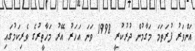
އަންވަރު ފުރަތަމަ މަގާމުން ދުރުކުރީ 1998 ވަނަ އަހަރު އޭރު މަހާތީރުގެ ވެރިކަމުގައި